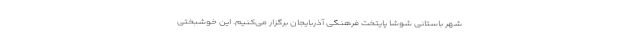
شهر باستانی شوشا پایتخت فرهنگی آذربایجان برگزار می‌کنیم. این خوشبختی